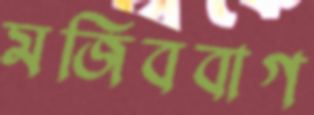
মজিববাগ